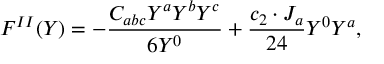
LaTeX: F ^ { I I } ( Y ) = - { \frac { C _ { a b c } Y ^ { a } Y ^ { b } Y ^ { c } } { 6 Y ^ { 0 } } } + { \frac { c _ { 2 } \cdot J _ { a } } { 2 4 } } Y ^ { 0 } Y ^ { a } ,